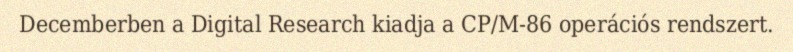
Decemberben a Digital Research kiadja a CP/M-86 operációs rendszert.